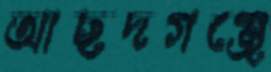
আছদগঞ্জে